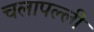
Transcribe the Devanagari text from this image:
चलापल्ली